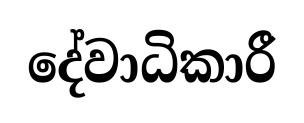
දේවාධිකාරී